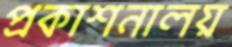
প্রকাশনালয়